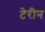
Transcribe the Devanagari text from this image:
टेरीन